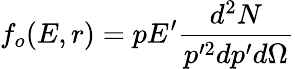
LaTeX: f_{o}(E,r)=pE^{\prime}\frac{d^{2}N}{p^{\prime 2}dp^{\prime}d\Omega}